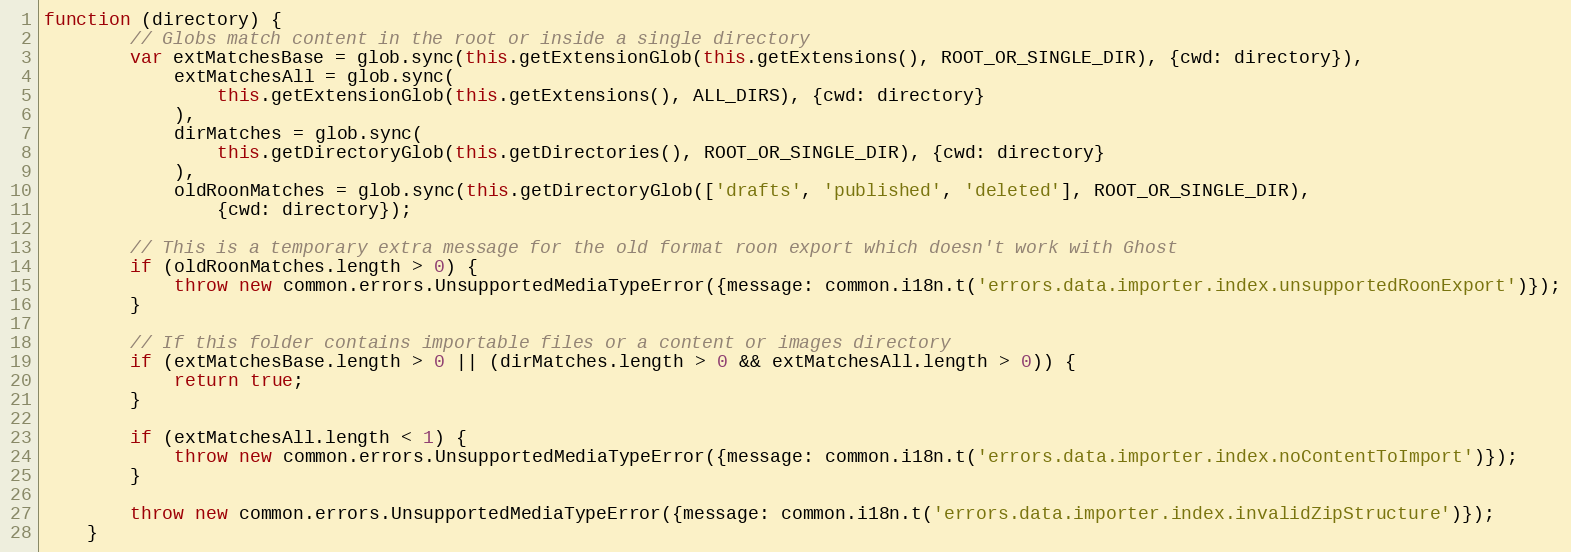
Language: JavaScript
function (directory) {
        // Globs match content in the root or inside a single directory
        var extMatchesBase = glob.sync(this.getExtensionGlob(this.getExtensions(), ROOT_OR_SINGLE_DIR), {cwd: directory}),
            extMatchesAll = glob.sync(
                this.getExtensionGlob(this.getExtensions(), ALL_DIRS), {cwd: directory}
            ),
            dirMatches = glob.sync(
                this.getDirectoryGlob(this.getDirectories(), ROOT_OR_SINGLE_DIR), {cwd: directory}
            ),
            oldRoonMatches = glob.sync(this.getDirectoryGlob(['drafts', 'published', 'deleted'], ROOT_OR_SINGLE_DIR),
                {cwd: directory});

        // This is a temporary extra message for the old format roon export which doesn't work with Ghost
        if (oldRoonMatches.length > 0) {
            throw new common.errors.UnsupportedMediaTypeError({message: common.i18n.t('errors.data.importer.index.unsupportedRoonExport')});
        }

        // If this folder contains importable files or a content or images directory
        if (extMatchesBase.length > 0 || (dirMatches.length > 0 && extMatchesAll.length > 0)) {
            return true;
        }

        if (extMatchesAll.length < 1) {
            throw new common.errors.UnsupportedMediaTypeError({message: common.i18n.t('errors.data.importer.index.noContentToImport')});
        }

        throw new common.errors.UnsupportedMediaTypeError({message: common.i18n.t('errors.data.importer.index.invalidZipStructure')});
    }